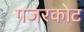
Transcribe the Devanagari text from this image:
गजरकोट